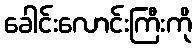
ခေါင်းလောင်းကြီးကို